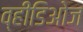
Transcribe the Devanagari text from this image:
व्हीडिओज